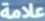
علامة